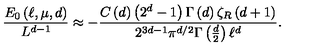
\frac { E _ { 0 } \left( \ell , \mu , d \right) } { L ^ { d - 1 } } \approx - \frac { C \left( d \right) \left( 2 ^ { d } - 1 \right) \Gamma \left( d \right) \zeta _ { R } \left( d + 1 \right) } { 2 ^ { 3 d - 1 } \pi ^ { d / 2 } \Gamma \left( \frac { d } { 2 } \right) \ell ^ { d } } .